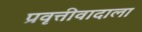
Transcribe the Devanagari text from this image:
प्रवृत्तीवादाला